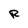
Character: R